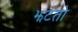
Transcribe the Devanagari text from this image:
झटतो